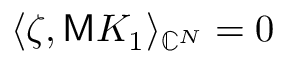
\langle \zeta , \mathsf { M } K _ { 1 } \rangle _ { \mathbb { C } ^ { N } } = 0